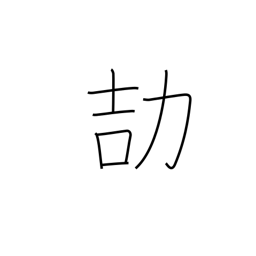
Meaning: be careful